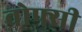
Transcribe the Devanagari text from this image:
वोफ्सी